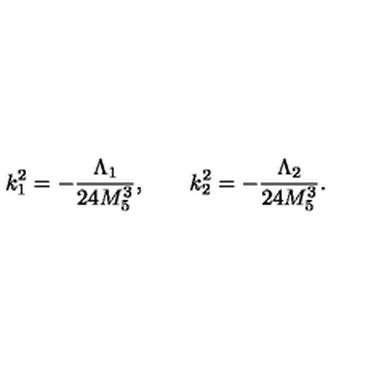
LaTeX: k _ { 1 } ^ { 2 } = - \frac { \Lambda _ { 1 } } { 2 4 M _ { 5 } ^ { 3 } } , \qquad k _ { 2 } ^ { 2 } = - \frac { \Lambda _ { 2 } } { 2 4 M _ { 5 } ^ { 3 } } .